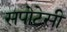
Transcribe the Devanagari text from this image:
सपोटेसी